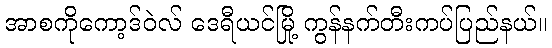
အာစကိုကော့ဒ်ဝဲလ် ဒေရီယင်မြို့ ကွန်နက်တီးကပ်ပြည်နယ်။